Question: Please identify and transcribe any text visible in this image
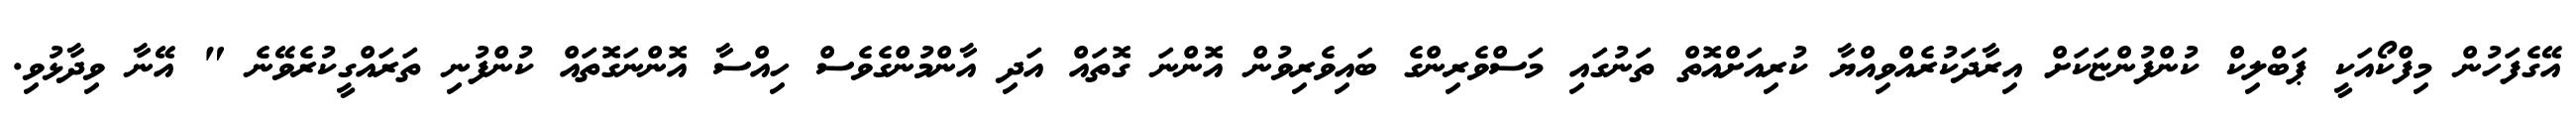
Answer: އޭގެފަހުން މިފްކޯއަކީ ޕަބްލިކް ކުންފުންޏަކަށް އިރާދަކުރެއްވިއްޔާ ކުރިއަށްއޮތް ތަނުގައި މަސްވެރިންގެ ބައިވެރިވުން އޮންނަ ގޮތައް އަދި އާންމުންގެވެސް ހިއްސާ އޮންނަގޮތައް ކުންފުނި ތަރައްގީކުރެވޭނެ " އޭނާ ވިދާޅުވި.